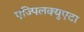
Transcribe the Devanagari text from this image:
एज्पिलक्युएटा